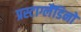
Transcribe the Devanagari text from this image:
प्रस्टाग्लैंडिनों